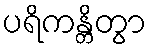
ပရိကန္တိတွာ